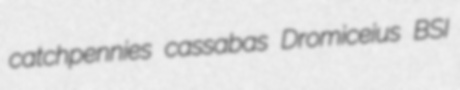
catchpennies cassabas Dromiceius BSI